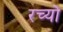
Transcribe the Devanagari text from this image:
रच्यो